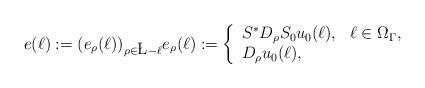
LaTeX: \begin{align*}e(\ell) := (e_\rho(\ell))_{\rho\in\L-\ell} e_\rho(\ell):= \left\{ \begin{array}{ll}S^* D_\rho S_0u_0(\ell), & \ell\in\Omega_{\Gamma}, \\D_\rho u_0(\ell), & \end{array} \right.\end{align*}